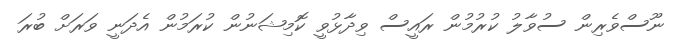
ނޫސްވެރިން ސުވާލު ކުރުމުން ރައީސް ވިދާޅުވީ ކޮމިޝަނުން ކުރަމުން އެދަނީ ވަރަށް ބުރަ